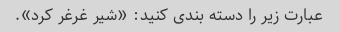
عبارت زیر را دسته بندی کنید: «شیر غرغر کرد».